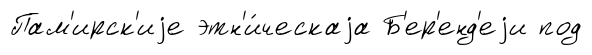
Пам'ирск'иjе этн'и́ческаjа Б'ер'енд'еjи под